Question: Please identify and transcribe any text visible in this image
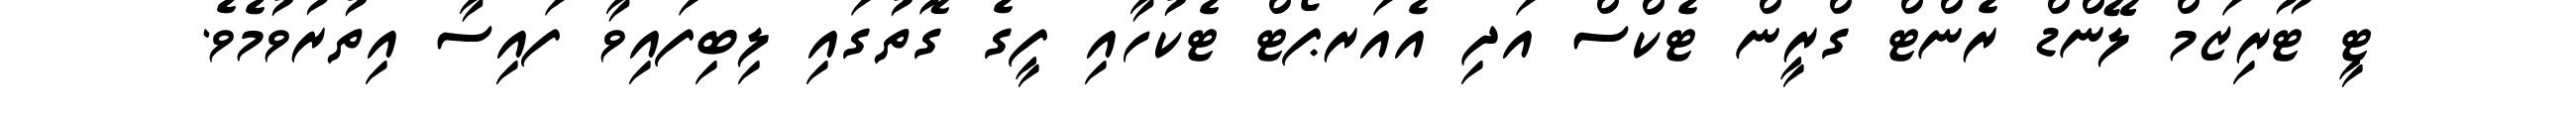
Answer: ޓީ ޓޫރިޒަމް ލޭންޑް ރެންޓް ގްރީން ޓެކްސް އަދި އެއަރޕޯޓް ޓެކުހާއި ފީގެ ގޮތުގައި ލިބިފައިވާ ފައިސާ އިތުރުވުމެވެ.